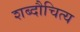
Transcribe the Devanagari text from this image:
शब्दौचित्य